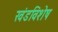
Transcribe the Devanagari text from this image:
खंडविशेष